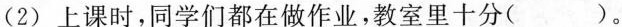
(2) 上课时，同学们都在做作业，教室里十分( )。